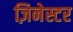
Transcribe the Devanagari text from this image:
ज़िनेस्टर